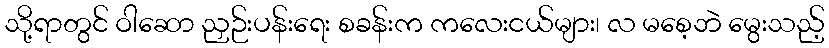
သို့ရာတွင် ဝါဆော ညှဉ်းပန်းရေး စခန်းက ကလေးငယ်များ၊ လ မစေ့ဘဲ မွေးသည့်